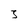
Character: 3